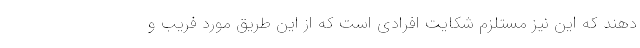
دهند که این نیز مستلزم شکایت افرادی است که از این طریق مورد فریب و